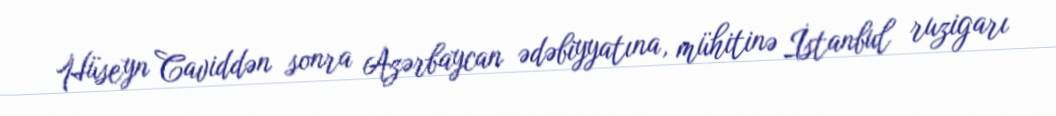
Hüseyn Caviddən sonra Azərbaycan ədəbiyyatına, mühitinə İstanbul ruzigarı